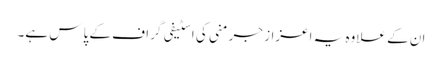
ان کے علاوہ یہ اعزاز جرمنی کی اسٹیفی گراف کے پاس ہے۔